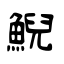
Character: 鯢